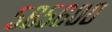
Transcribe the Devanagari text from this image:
५६५६००